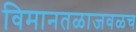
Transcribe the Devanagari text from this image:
विमानतळाजवळच